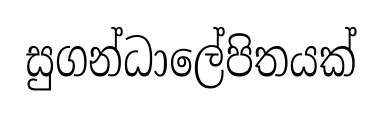
සුගන්ධාලේපිතයක්